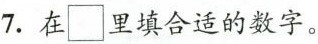
7.在\Box里填合适的数字。